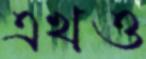
এখও